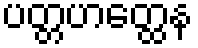
ပတ္တဟတ္ထေန